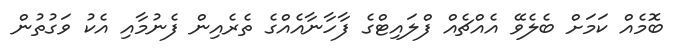
ބޮމެއް ކަމަށް ބެލެވޭ އެއްޗެއް ފްލައިޓްގެ ފާހާނާއެއްގެ ތެރެއިން ފެނުމާއި އެކު ވަގުތުން